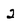
Character: 2